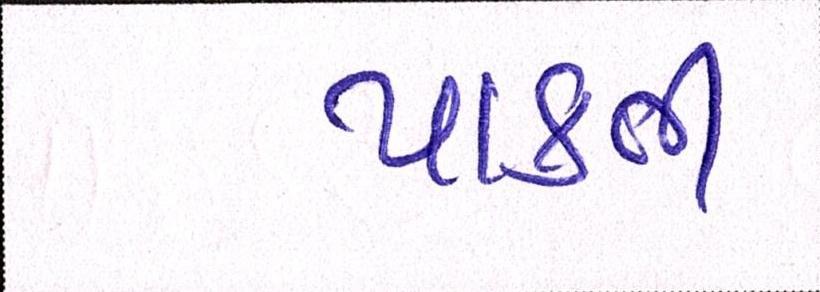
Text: પાકતી